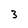
Character: 3